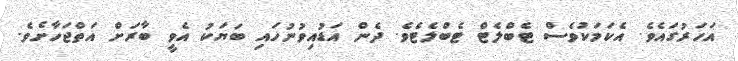
އަހަރުގައެވެ. އެކަމަކުވެސް ޓެބްލެޓް ޓެބްލެޓެވެ. ދެން އަޑުއިވުނުހައި ބަޔަކު އެވީ ބާރަށް އަތްޖަހާށެވެ.